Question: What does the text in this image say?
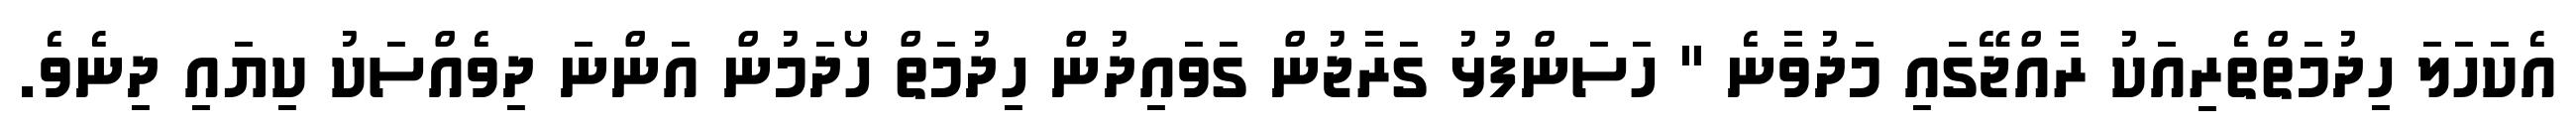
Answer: އެކަހަލަ ހިދުމަތްތެރިއަކު ރާއްޖޭގައި މަދުވާނެ " ހަސަންފުޅު ގަރާޖުން ގަވައިދުން ހިދުމަތް ހޯދަމުން އަންނަ ދިވެއްސަކު ކިޔައި ދިނެވެ.